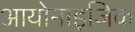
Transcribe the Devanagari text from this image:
आयोनाइजिक